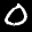
Label: 0